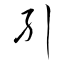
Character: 糾